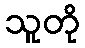
သူတို